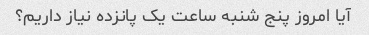
آیا امروز پنج شنبه ساعت یک پانزده نیاز داریم؟